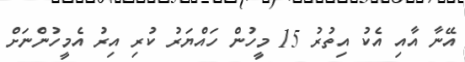
އޭނާ އާއި އެކު އިތުރު 15 މީހުން ހައްޔަރު ކުރި އިރު އެމީހުންނަށް